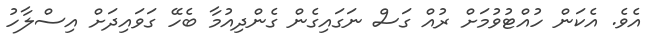
އެވެ. އެކަން ހުއްޓުވުމަށް ރުއް ގަސް ނަގައިގެން ގެންދިއުމާ ބެހޭ ގަވައިދަށް އިސްލާހު